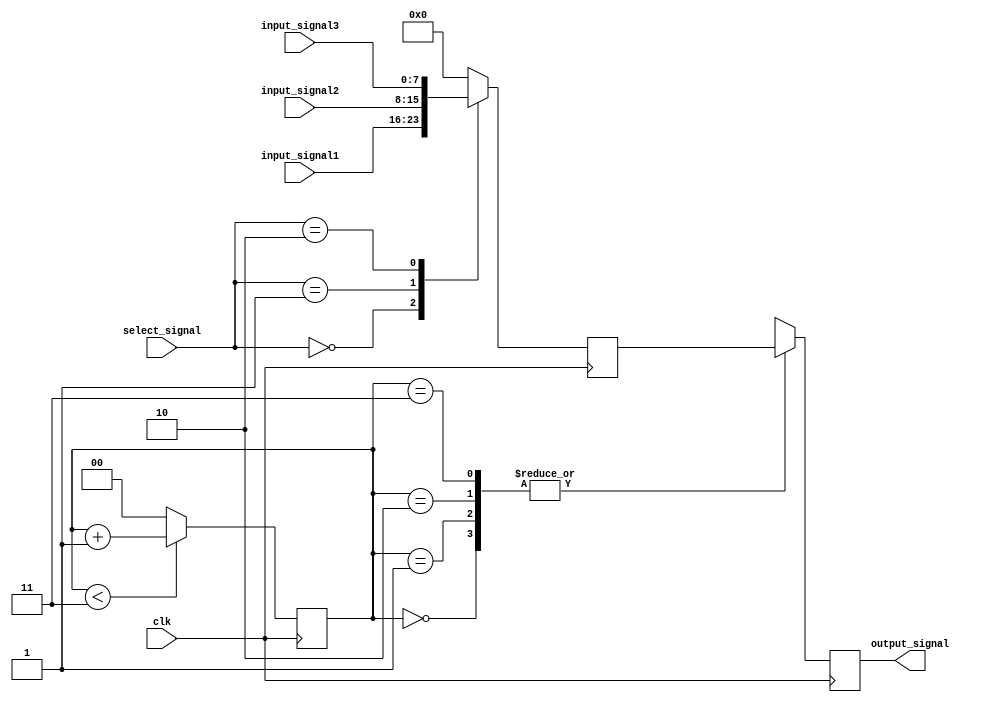
module timing_mux_delay (
    input wire clk,
    input wire [7:0] input_signal1,
    input wire [7:0] input_signal2,
    input wire [7:0] input_signal3,
    input wire [1:0] select_signal,
    output wire [7:0] output_signal
);

// Timing control block
reg [1:0] sync_counter;
always @(posedge clk) begin
    if (sync_counter < 3) begin
        sync_counter <= sync_counter + 1;
    end else begin
        sync_counter <= 0;
    end
end

// Multiplexer block
reg [7:0] mux_output;
always @(posedge clk) begin
    case (select_signal)
        2'b00 : mux_output <= input_signal1;
        2'b01 : mux_output <= input_signal2;
        2'b10 : mux_output <= input_signal3;
        default : mux_output <= 8'b00000000; // default case
    endcase
end

// Delay block
reg [7:0] delayed_signal;
always @(posedge clk) begin
    case (sync_counter)
        2'h0 : delayed_signal <= mux_output;
        2'h1 : delayed_signal <= #1 mux_output;
        2'h2 : delayed_signal <= #2 mux_output;
        2'h3 : delayed_signal <= #3 mux_output;
    endcase
end

assign output_signal = delayed_signal;

endmodule